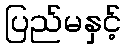
ပြည်မနှင့်